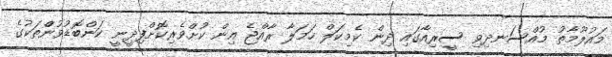
މައުލޫމާތު މުއްސަނދިވި ސީރިއާގައި ދިން ކެމިކަލް ހަމަލާ ރާއްޖެ އިން ކުށްވެރިކޮށްފިދީނީ ކަންބޮޑުވުންްތަކުގެ